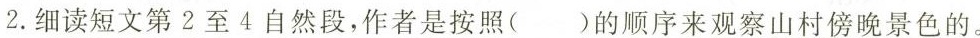
2.细读短文第2至4自然段，作者是按照()的顺序来观察山村傍晚景色的。